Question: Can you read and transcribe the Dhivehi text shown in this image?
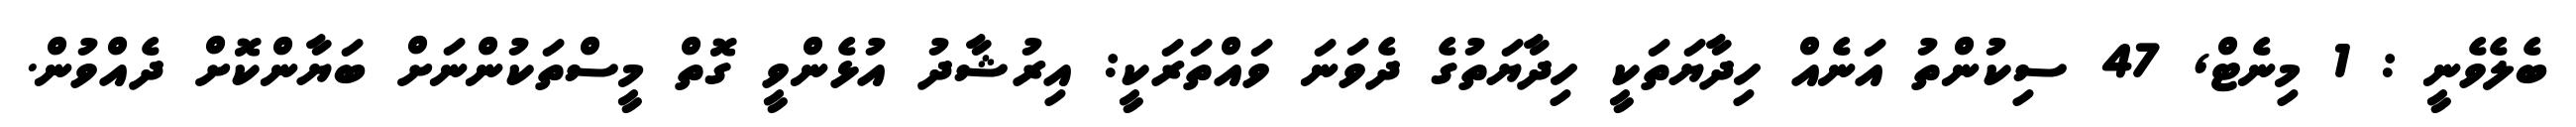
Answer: ބެލެވެނީ : 1 މިނެޓް, 47 ސިކުންތު އަނެއް ހިދާޔަތަކީ ހިދާޔަތުގެ ދެވަނަ ވައްތަރަކީ: އިރުޝާދު އުޅެންވީ ގޮތް މީސްތަކުންނަށް ބަޔާންކޮށް ދެއްވުން.